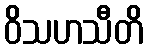
ဝိသဟသီတိ